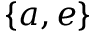
\{ a , e \}